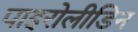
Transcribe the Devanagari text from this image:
पाइरोलीडिन